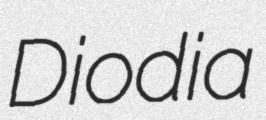
Diodia